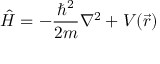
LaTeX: { \hat { H } } = - { \frac { \hbar ^ { 2 } } { 2 m } } \nabla ^ { 2 } + V ( { \vec { r } } )